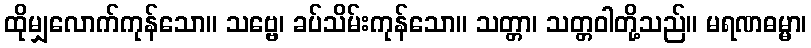
ထိုမျှလောက်ကုန်သော။ သဗ္ဗေ၊ ခပ်သိမ်းကုန်သော။ သတ္တာ၊ သတ္တဝါတို့သည်။ မရဏဓမ္မာ၊